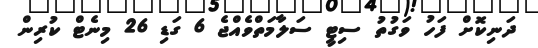
ދަނިކޮށް ފަހު ވަގުތު ސިޓީ ސަލާމަތްވެއްޖެ 6 ގަޑި 26 މިނެޓް ކުރިން